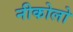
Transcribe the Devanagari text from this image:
नीकोलो